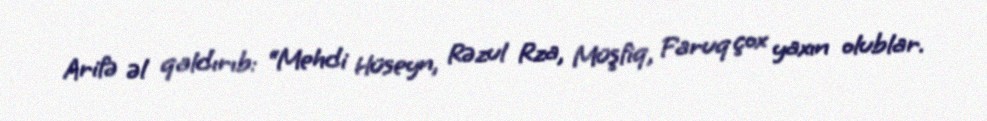
Arifə əl qaldırıb: “Mehdi Hüseyn, Rəzul Rza, Müşfiq, Faruq çox yaxın olublar.